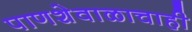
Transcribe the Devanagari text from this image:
पाणशेवाळाचाही